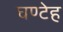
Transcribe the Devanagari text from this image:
घण्टेह